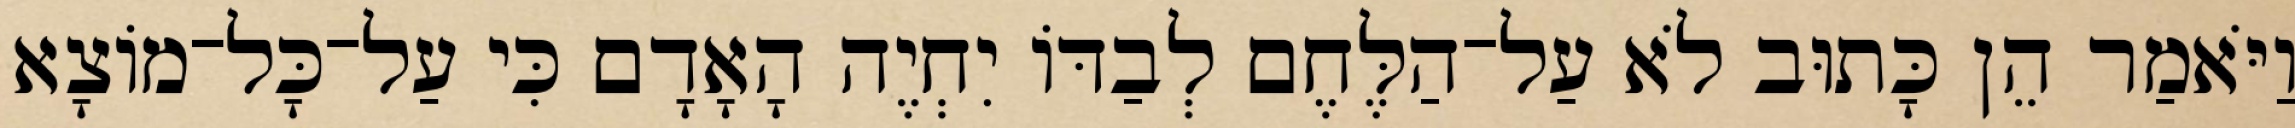
וַיֹּאמַר הֵן כָּתוּב לֹא עַל־הַלֶּחֶם לְבַדּוֹ יִחְיֶה הָאָדָם כִּי עַל־כָּל־מוֹצָא